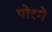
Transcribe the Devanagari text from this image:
पोरगे